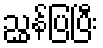
ညွှန်ပြပြီး